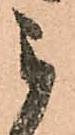
被